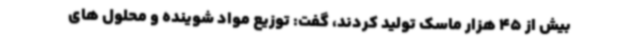
بیش از 45 هزار ماسک تولید کردند، گفت: توزیع مواد شوینده و محلول های